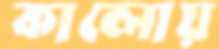
কালোয়